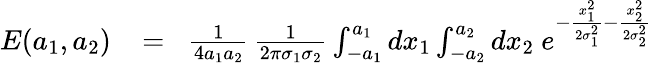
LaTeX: \begin{array}{rlr}{E(a_{1},a_{2})}&{{}\! =\! }&{{\frac{1}{4a_{1}a_{2}}}\, {\frac{1}{2\pi\sigma_{1}\sigma_{2}}}\int_{-a_{1}}^{a_{1}}dx_{1}\int_{-a_{2}}^{a_{2}}dx_{2}\ e^{-{\frac{x_{1}^{2}}{2\sigma_{1}^{2}}}-{\frac{x_{2}^{2}}{2\sigma_{2}^{2}}}}}\end{array}